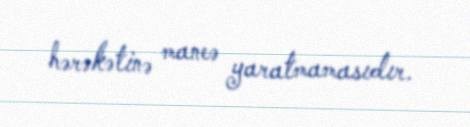
hərəkətinə maneə yaratmamasıdır.